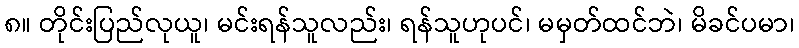
၈။ တိုင်းပြည်လုယူ၊ မင်းရန်သူလည်း၊ ရန်သူဟုပင်၊ မမှတ်ထင်ဘဲ၊ မိခင်ပမာ၊